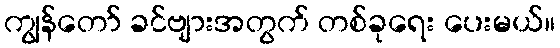
ကျွန်တော် ခင်ဗျားအတွက် တစ်ခုရေး ပေးမယ်။